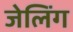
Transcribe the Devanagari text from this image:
जेलिंग